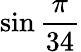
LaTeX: \sin{\frac{\pi}{34}}